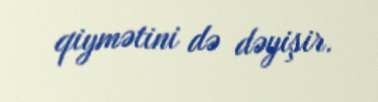
qiymətini də dəyişir.